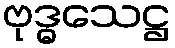
ဗုဒ္ဓသေဋ္ဌ